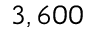
3 , 6 0 0